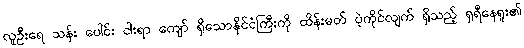
လူဦးရေ သန်း ပေါင်း ငါးရာ ကျော် ရှိသောနိုင်ငံကြီးကို ထိန်းမတ် ပဲ့ကိုင်လျက် ရှိသည့် ရှရီနေရူး၏